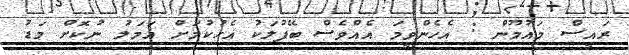
ރައީސް މައުމޫން : އެހެންވީމަ އެއްވެސް ބޭފުލަކު އެޙުކުމަށް އަމަލު ނުކޮށް މަޑު